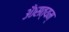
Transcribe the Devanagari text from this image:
ॐसत्यम्